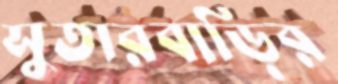
সুতারবাড়ির